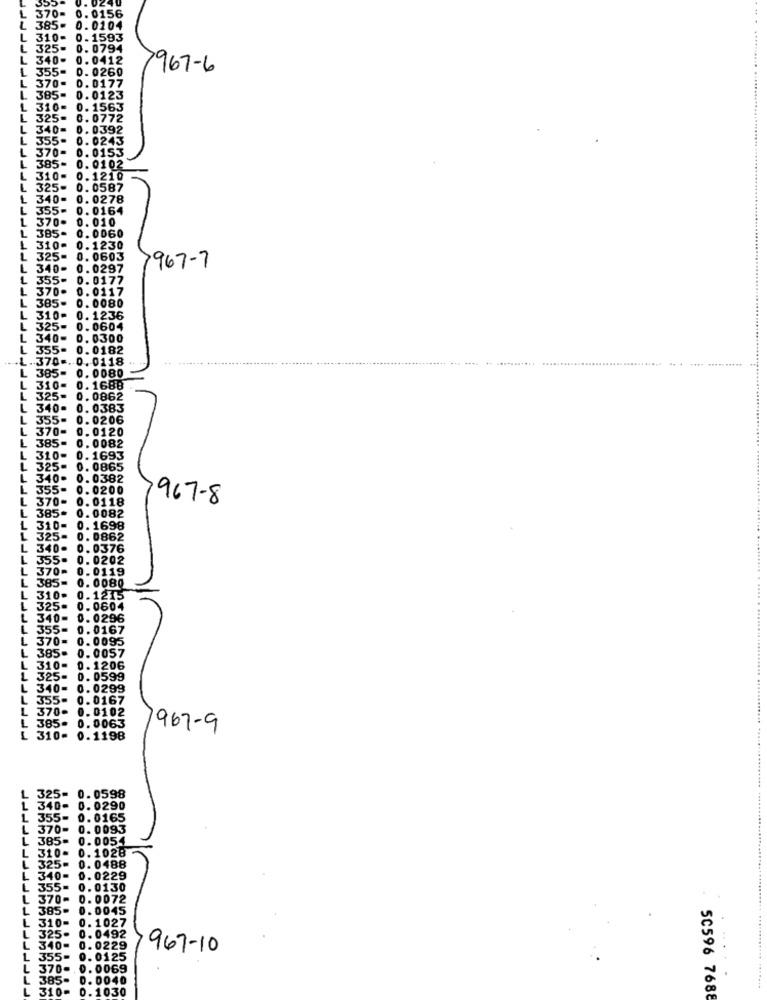
0. 0240
0.0156
370-
385-
0.0104
L
310-
0. 1593
325-
0. 0794
L
340-
0.0412
L
355"
0. 0260
7967-6
L
370-
0.0177
L
385-
0. 0123
L
310-
0. 1563
L
325-
0.0772
L
340-
0.0392
L
355.
0.0243
1
370-
0. 0153
L
385-
0. 0102
L
310-
0.1210
L
325-
0. 0587
L
340-
0.0278
L
355-
0.0164
370.
0.010
L
0.0060
385-
310-
0.1230
L
325-
0.0603
L
340-
0.0297
967-7
L
355-
0.0177
L
370.
0.0117
L
0. 0080
385-
L
310-
0.1236
L
325-
0.0604
L
340-
0. 0300
L
355.
0.0182
L. 370 -. 0. 0118
L
385-
0. 0080
L
310-
0. 1688
L
325-
0.0862
L
340-
0. 0383
L
355-
0.0206
370-
0.0120
L
385-
0.0082
L
310-
0.1693
L
325-
0. 0865
340.
0.0382
L
355-
0.0200
370-
0.0118
967-8
L
385
0.0082
L
310-
0.1698
L
325-
0.0862
L
340-
0.0376
L
355.
0. 0202
L
370-
0. 0119
L
0. 0080
385-
L
310₽
0.1215
L
325.
0.0604
L
340- 0.0296
L 355= 0.0167
L
370=
0.0095
L 385- 0.0057
310-
0.1206
L 325= 0.0599
L
340-
0. 0299
355- 0.0167
370-
0. 0102
L 385- 0.0063
967-9
L 310- 0.1198
L 325= 0.0598
1 340- 0.0290
L 355- 0.0165
L 370- 0.0093
L 385= 0.0054
. 310- 0.1028
325= 0.0488
L
340- 0.0229
355= 0.0130
370- 0.0072
L
385₽
0.0045
310-
0. 1027
325-
0.0492
340-
0.0229
967-10
L 355- 0.0125
L
370-
0.0069
385- 0.0040
310-
0.1030
50596 7688